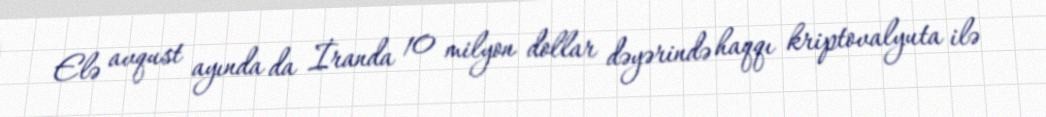
Elə avqust ayında da İranda 10 milyon dollar dəyərində haqqı kriptovalyuta ilə